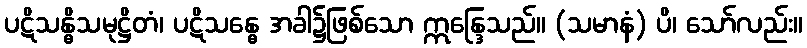
ပဋိသန္ဓိသမုဋ္ဌိတံ၊ ပဋိသန္ဓေ အခါ၌ဖြစ်သော ဣန္ဒြေသည်။ (သမာနံ) ပိ၊ သော်လည်း။